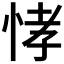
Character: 𭜸